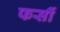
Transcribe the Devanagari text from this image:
फर्सी